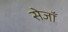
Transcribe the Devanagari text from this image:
सेजाँ